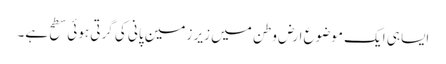
ایسا ہی ایک موضوع ارض وطن میں زیر زمین پانی کی گرتی ہوئی سطح ہے۔